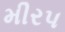
મીરપ